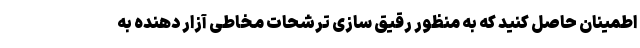
اطمینان حاصل کنید که به منظور رقیق سازی ترشحات مخاطی آزار دهنده به